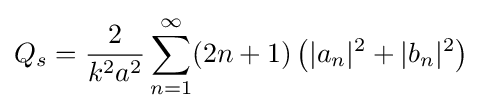
Q_{s}={\frac {2}{k^{2}a^{2}}}\sum _{n=1}^{\infty }(2n+1)\left(|a_{n}|^{2}+|b_{n}|^{2}\right)